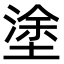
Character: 塗